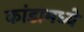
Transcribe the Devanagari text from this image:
कांडामध्ये